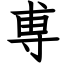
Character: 専